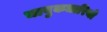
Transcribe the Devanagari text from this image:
चाबुकधारियो